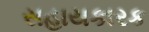
સહાયકારક